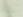
خطاء